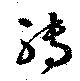
轉